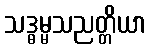
သဒ္ဓမ္မသညတ္တိယာ